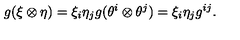
g ( \xi \otimes \eta ) = \xi _ { i } \eta _ { j } g ( \theta ^ { i } \otimes \theta ^ { j } ) = \xi _ { i } \eta _ { j } g ^ { i j } .